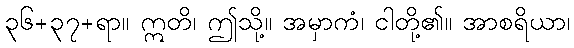
၃၆+၃၇+ရာ။ ဣတိ၊ ဤသို့။ အမှာကံ၊ ငါတို့၏။ အာစရိယာ၊